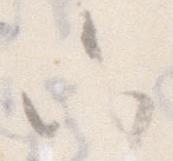
六